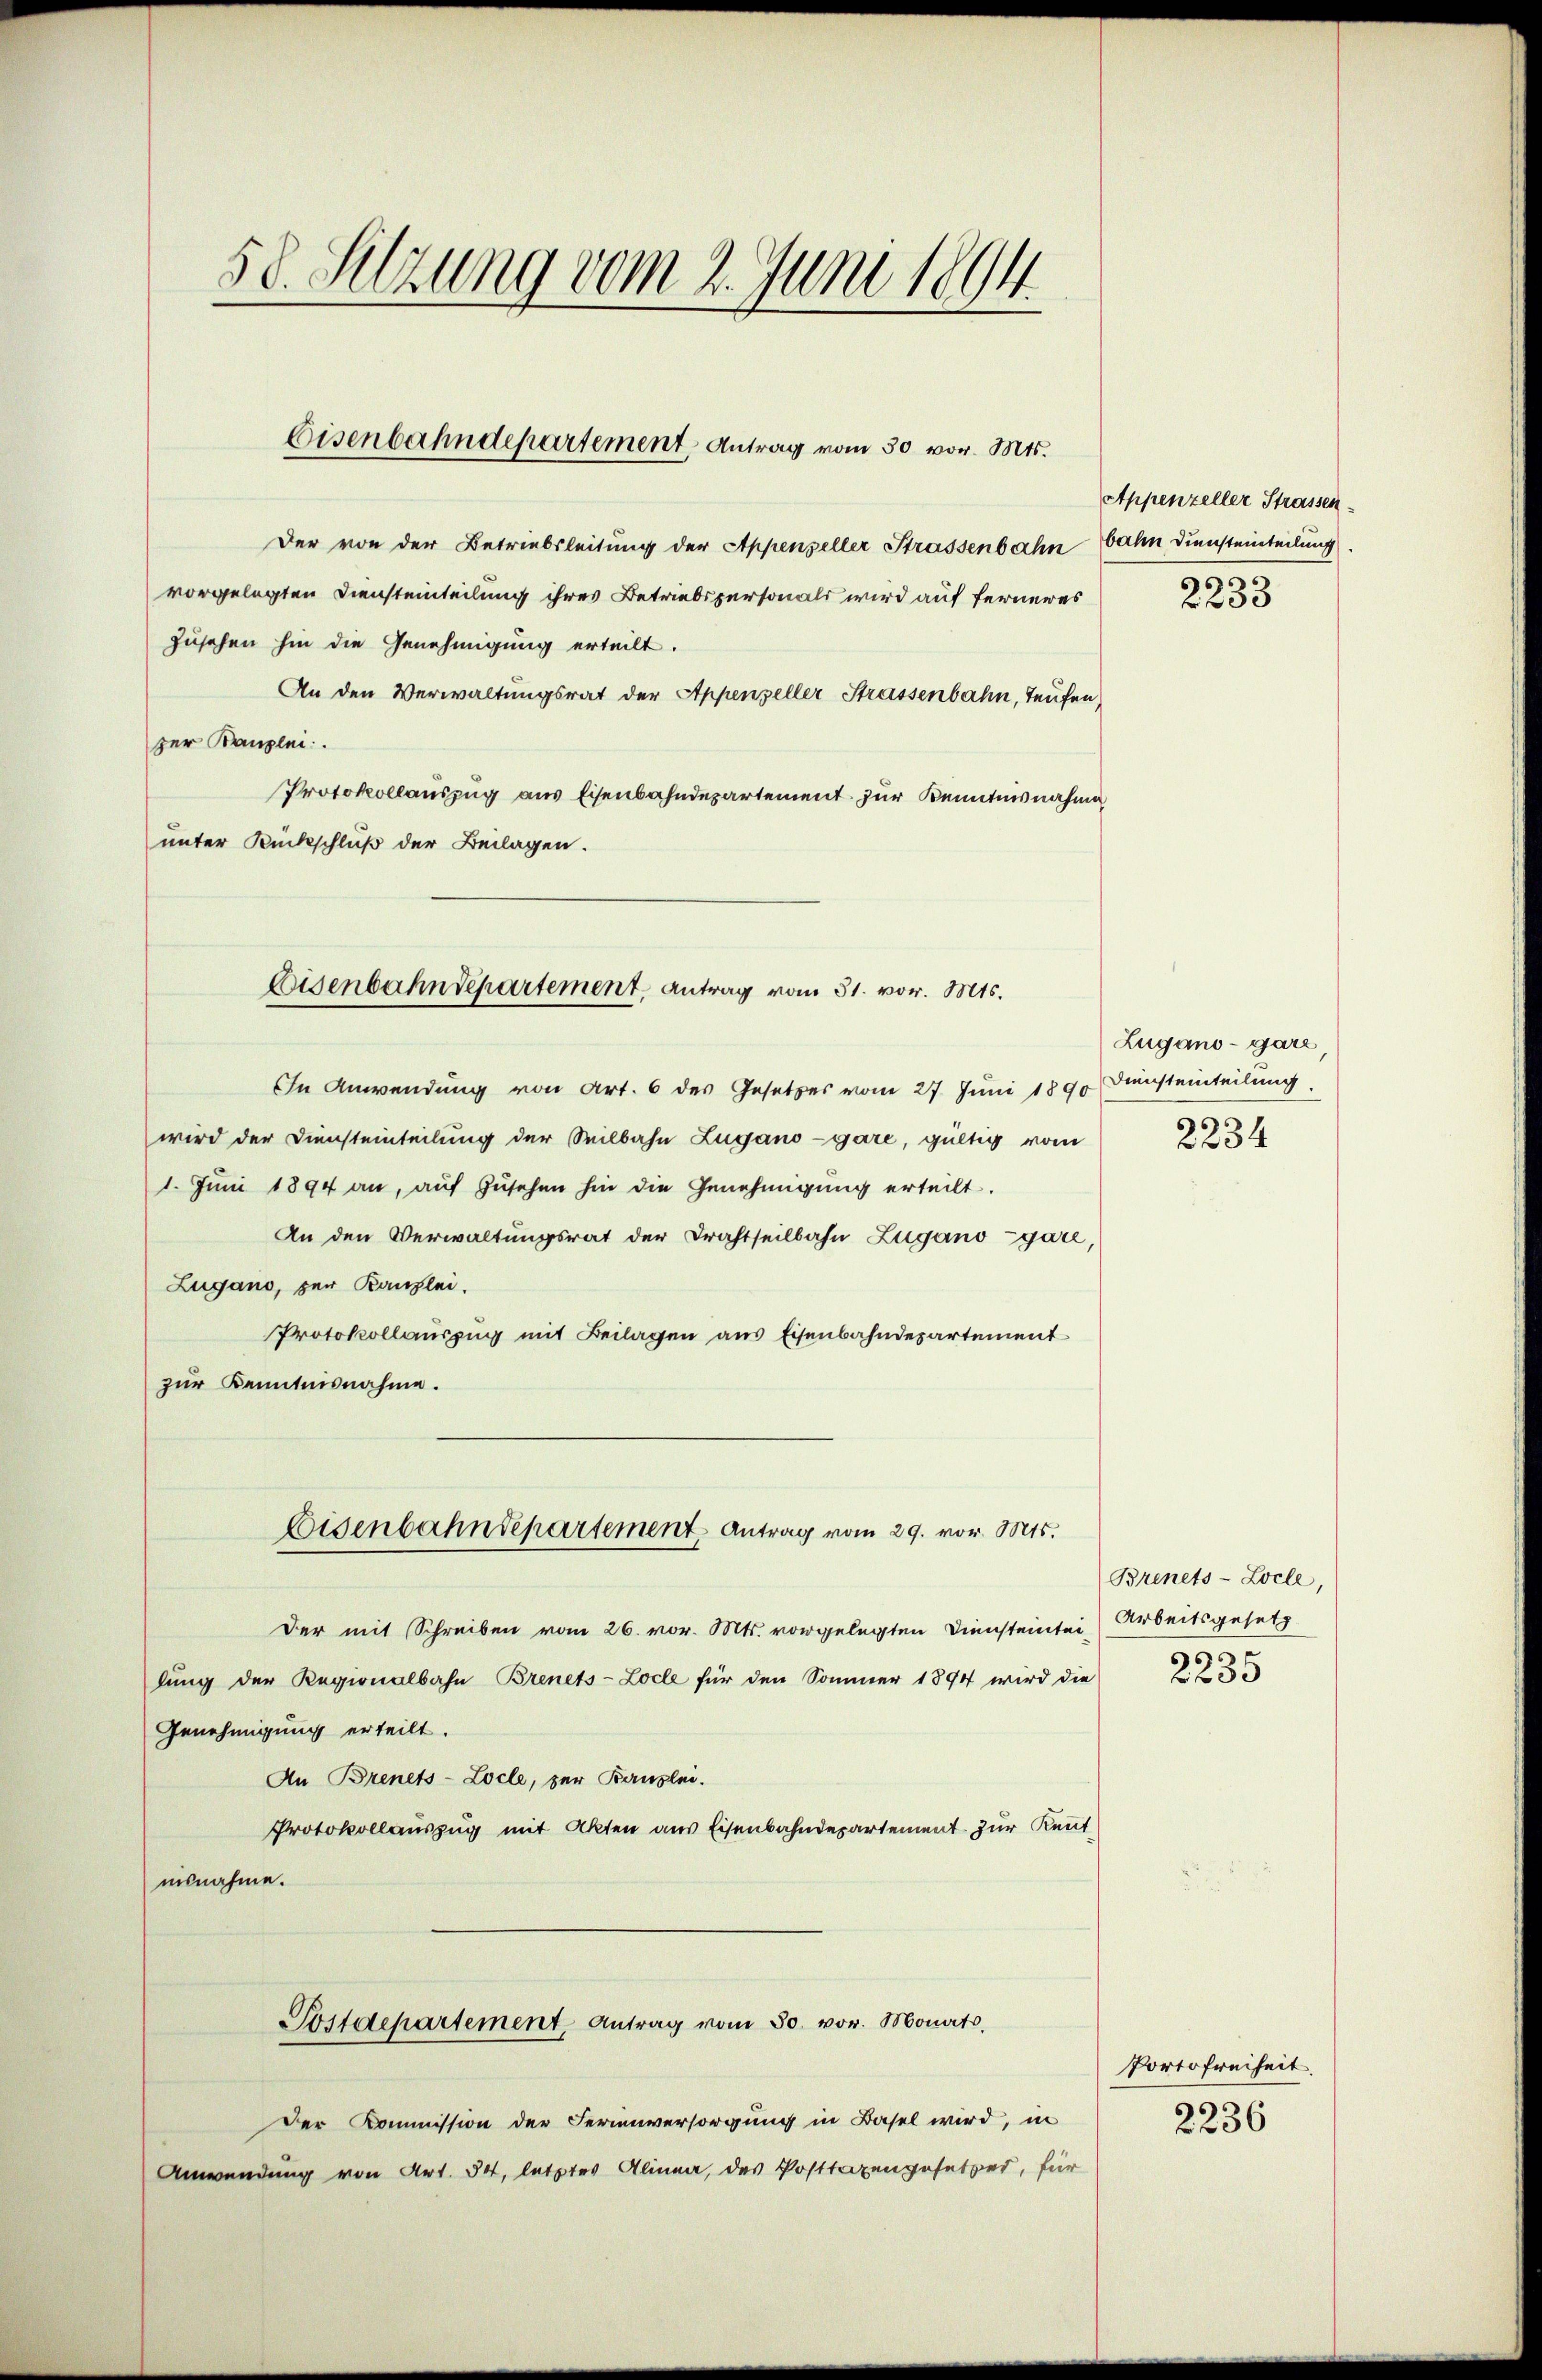
58. Setzung vom 2. Juni 1894

Eisenbahndepartement Antrag vom 30. vor. Mts.

Der von der Betriebsleitung der Appenzeller Strassenbahnbahn Diensteinteilung
vorgelegten Diensteinteilung ihres Betriebspersonals wird auf ferneres
zusehen hin die Genehmigung erteilt.
An den Verwaltungsrat der Appenzeller Strassenbahn, Teufen,
zer Kanzlei.
Protokollauszug aus Eisenbahndepartement zur Kenntnisnahme
unter Rückschluß der Beilagen.
In Anwendung von Art. 6 des Gesetzes vom 27. Juni 1890 Diensteinteilung
wird der Diensteinteilung der Seilbahn Zugano -gare, gültig vom
1. Juni 1894 an, auf zusehen hin die Genehmigung erteilt.
An den Verwaltungsrat der Drahtseilbahn Zugano gare,
Zugano, zur Kanzlei.
Protokollauszug mit Beilagen aus Eisenbahndepartement
zur Kenntnisnahme.
Eisenbahndepartement. Antrag vom 29. vor. Mts.
Der mit Schreiben vom 26. vor. Mts. vorgelegten Diensteintei-
lung der Regionalbahn Brenets-Locle für den Sommer 1894 wird die
Genehmigung erteilt.
An Brenets-Locle, zur Banzlei.
Protokollauszug mit Akten aus Eisenbahndepartement zur Kenntiisnahme.
Postdepartement, Antrag vom 30. vor. Monats,
Der Kommission der Ferienversorgung in Basel wird, in
Anwendung von Art. 54, letztes Alinea, des Posttaxengesetzer, für

Eisenbahndepartement, antrag vom 31. vor. Mts.

Appenzeller Strassen.
.

2233

Zugano - garz
2234

Brinets-Locle,
Arbeitsgesetz
6
2230

Portofreiheit.
2236